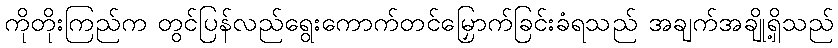
ကိုတိုးကြည်က တွင်ပြန်လည်ရွေးကောက်တင်မြှောက်ခြင်းခံရသည် အချက်အချို့ရှိသည်